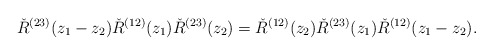
\begin{align*}\check{R}^{(23)}(z_1 -z_2)\check{R}^{(12)}(z_1)\check{R}^{(23)}(z_2)=\check{R}^{(12)}(z_2)\check{R}^{(23)}(z_1)\check{R}^{(12)}(z_1 -z_2).\end{align*}